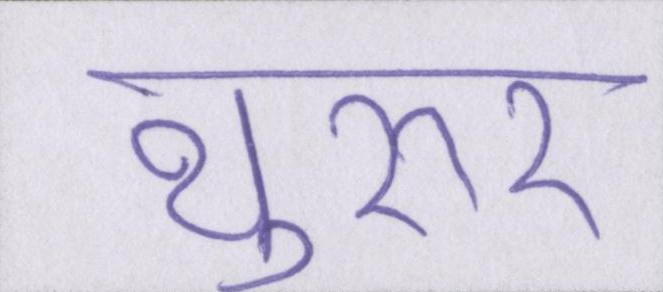
थुरूर